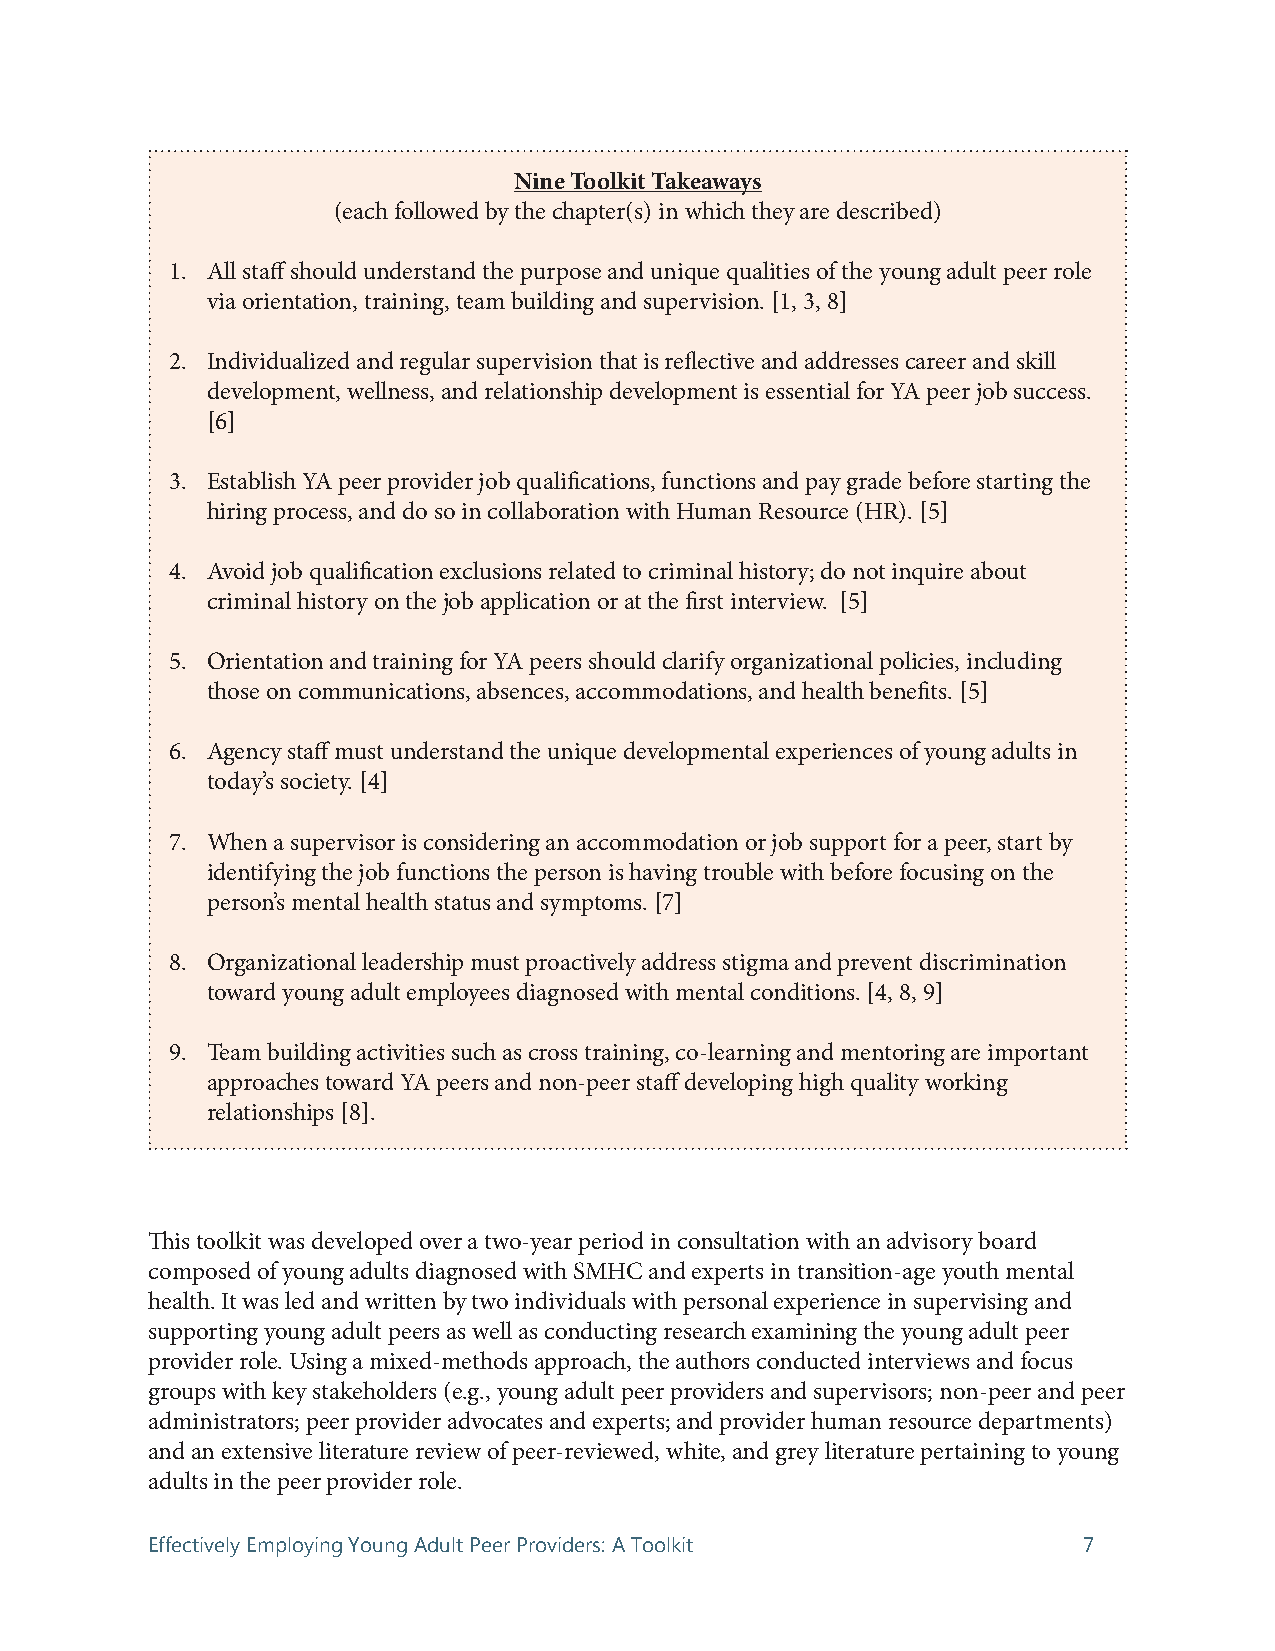
Nine Toolkit Takeaways
 (each followed by the chapter(s) in which they are described)
 1. All staff should understand the purpose and unique qualities of the young adult peer role
 via orientation, training, team building and supervision. [1, 3, 8]
 2. Individualized and regular supervision that is reflective and addresses career and skill
 development, wellness, and relationship development is essential for YA peer job success.
 [6]
 3. Establish YA peer provider job qualifications, functions and pay grade before starting the
 hiring process, and do so in collaboration with Human Resource (HR). [5]
 4. Avoid job qualification exclusions related to criminal history; do not inquire about
 criminal history on the job application or at the first interview. [5]
 5. Orientation and training for YA peers should clarify organizational policies, including
 those on communications, absences, accommodations, and health benefits. [5]
 6. Agency staff must understand the unique developmental experiences of young adults in
 today’s society. [4]
 7. When a supervisor is considering an accommodation or job support for a peer, start by
 identifying the job functions the person is having trouble with before focusing on the
 person’s mental health status and symptoms. [7]
 8. Organizational leadership must proactively address stigma and prevent discrimination
 toward young adult employees diagnosed with mental conditions. [4, 8, 9]
 9. Team building activities such as cross training, co-learning and mentoring are important
 approaches toward YA peers and non-peer staff developing high quality working
 relationships [8].
 This toolkit was developed over a two-year period in consultation with an advisory board
 composed of young adults diagnosed with SMHC and experts in transition-age youth mental
 health. It was led and written by two individuals with personal experience in supervising and
 supporting young adult peers as well as conducting research examining the young adult peer
 provider role. Using a mixed-methods approach, the authors conducted interviews and focus
 groups with key stakeholders (e.g., young adult peer providers and supervisors; non-peer and peer
 administrators; peer provider advocates and experts; and provider human resource departments)
 and an extensive literature review of peer-reviewed, white, and grey literature pertaining to young
 adults in the peer provider role.
 Effectively Employing Young Adult Peer Providers: A Toolkit   7